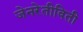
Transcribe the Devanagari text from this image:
जेनरेतीविती